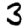
Digit: 3